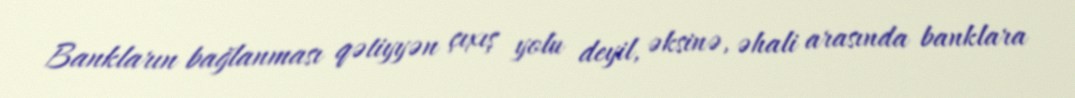
Bankların bağlanması qətiyyən çıxış yolu deyil, əksinə, əhali arasında banklara